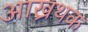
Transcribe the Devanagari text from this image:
आख्रथक